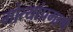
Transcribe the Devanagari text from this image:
मोत्यांप्रमाणे